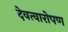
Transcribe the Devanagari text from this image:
देवत्वारोपण